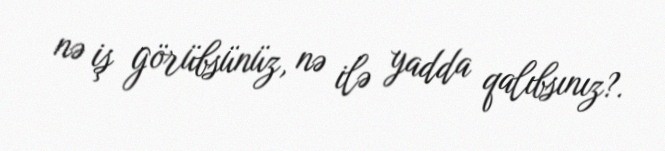
nə iş görübsünüz, nə ilə yadda qalıbsınız?.